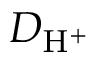
D _ { \mathrm { H } ^ { + } }